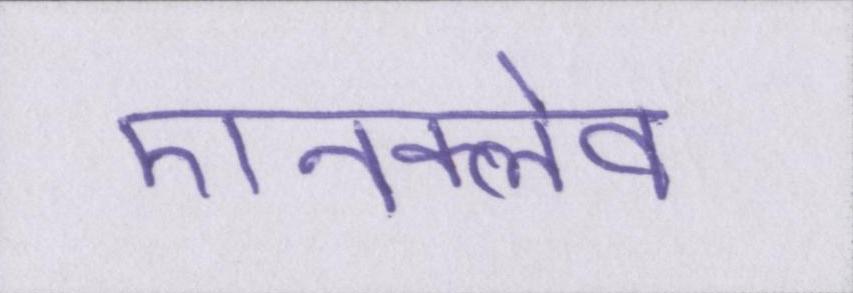
एनक्लेव